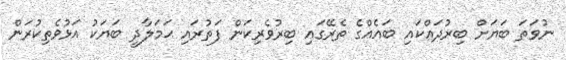
ނުވަތަ ބަޔަށް ބިރުދައްކައި ބައެއްގެ ތެރޭގައި ބިރުވެރިކަން ފަތުރައި ޙަމަލާދީ ބަޔަކު އަޅުވެތިކުރަން